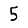
Digit: 5